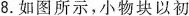
8.如图所示，小物块以初